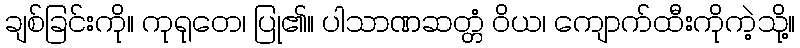
ချစ်ခြင်းကို။ ကုရုတေ၊ ပြု၏။ ပါသာဏဆတ္တံ ဝိယ၊ ကျောက်ထီးကိုကဲ့သို့။